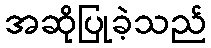
အဆိုပြုခဲ့သည်